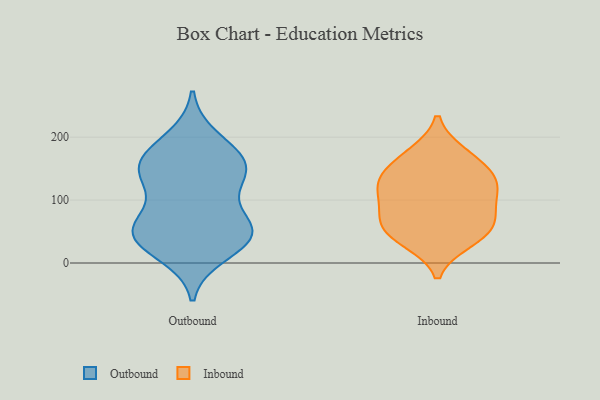
{"axis": {"x": "Bounce Rate (%)", "y": "Value"}, "legend": ["Inbound", "Outbound"], "data": [{"x": "", "y": 49, "type": "Outbound"}, {"x": "", "y": 169, "type": "Outbound"}, {"x": "", "y": 48, "type": "Outbound"}, {"x": "", "y": 120, "type": "Outbound"}, {"x": "", "y": 150, "type": "Outbound"}, {"x": "", "y": 138, "type": "Outbound"}, {"x": "", "y": 162, "type": "Outbound"}, {"x": "", "y": 43, "type": "Outbound"}, {"x": "", "y": 51, "type": "Outbound"}, {"x": "", "y": 44, "type": "Outbound"}, {"x": "", "y": 197, "type": "Outbound"}, {"x": "", "y": 16, "type": "Outbound"}, {"x": "", "y": 64, "type": "Outbound"}, {"x": "", "y": 151, "type": "Outbound"}, {"x": "", "y": 46, "type": "Inbound"}, {"x": "", "y": 174, "type": "Inbound"}, {"x": "", "y": 45, "type": "Inbound"}, {"x": "", "y": 125, "type": "Inbound"}, {"x": "", "y": 66, "type": "Inbound"}, {"x": "", "y": 168, "type": "Inbound"}, {"x": "", "y": 112, "type": "Inbound"}, {"x": "", "y": 139, "type": "Inbound"}, {"x": "", "y": 76, "type": "Inbound"}, {"x": "", "y": 80, "type": "Inbound"}, {"x": "", "y": 138, "type": "Inbound"}, {"x": "", "y": 115, "type": "Inbound"}, {"x": "", "y": 35, "type": "Inbound"}]}